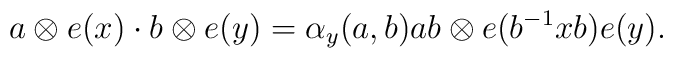
a\otimes e(x)\cdot b\otimes e(y)=\alpha_y(a,b)ab\otimes e(b^{-1}xb)e(y).